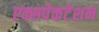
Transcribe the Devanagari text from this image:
एक्सपेकटेशन